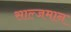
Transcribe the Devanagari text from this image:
साल्जमान